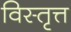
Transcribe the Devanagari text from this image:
विस्तृत्त